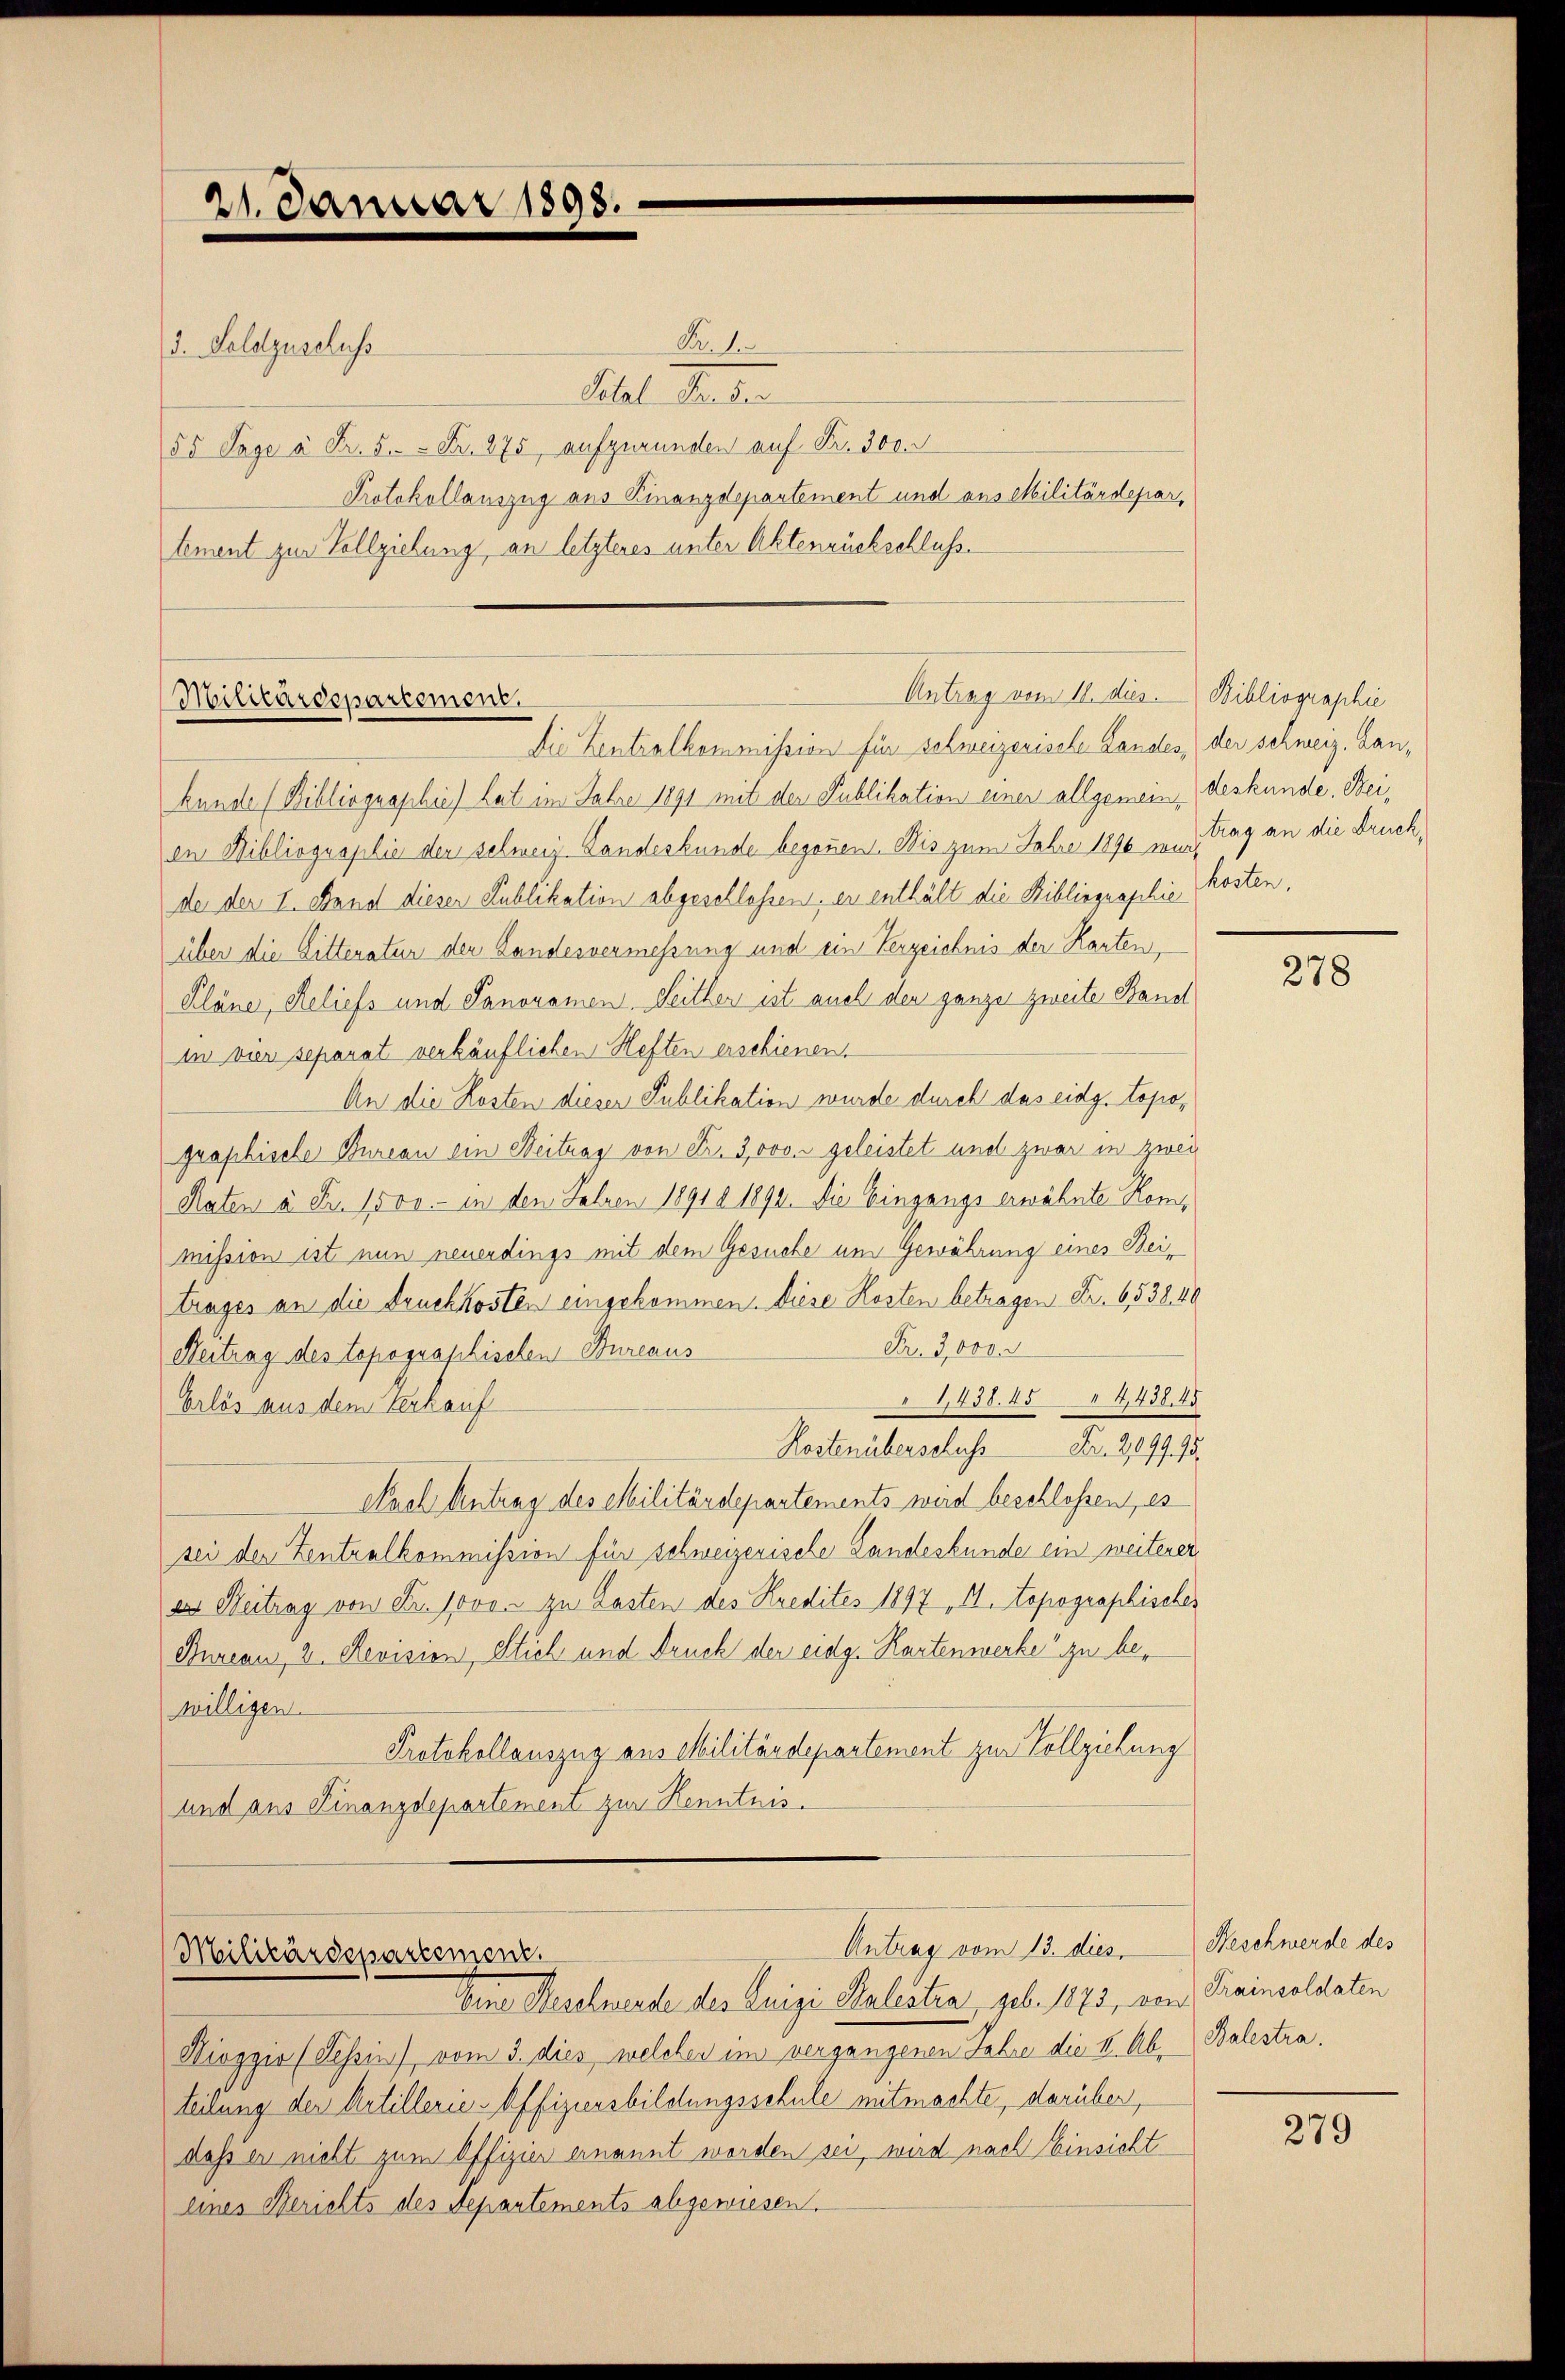
21. Januar 1898.

Nr. 1
3. Feldzuschuss
Libet Seiten
55 Tage à Fr. 5.- = Fr. 275, aufzurunden auf Fr. 300.
Protokollauszug aus Kinanzdepartement und aus Militärdepartement zur Vollziehung, an letzteres unter Aktenrückschluß.

Antrag vom 11. dies Bibliographie
Militärdepartement.

Die Zentralkommission für schweizerische Landes, (der schweiz. Lankunde (Bibliographie) hat im Jahre 1891 mit der Publikation einer allgemeindeskunde. Beien Bibliographie der schweiz. Landeskunde begonnen. Bis zum Fahre 1896 in 2 Tag an die Druck,
de der L. Stand dieser Publikation abgeschlossen, er enthält die Bibliographie
über die Sitteratur der Landesvermessung und ein Verzeichnis der Karten,
Pläne, Reliefs und Panoramen. Seither ist auch den ganzer zweite Band
in vier separat verkäuflichen Heften erschienen.
An die Kosten dieser Publikation wurde durch das eidg. topographische Bureau ein Beitrag von Fr. 3000. geleistet und zwar in zwei
Raten à Fr. 1500.- in den Fahren 18910 1892. Die Eingangs erwähnte Kommission ist nun neuerdings mit dem Gesuche um Gewährung eines Beitrages an die Druckkosten eingekommen. Diese Kosten betragen Fr. 653840
Fr. 3,000
Beitrag des topographischen Bureaus
1,438. 454,438,45
Erlös aus dem Verkauf
Kostenüberschluss Fr. 209995.
Nach Antrag des Militärdepartements wird beschlossen, es
sei der Zentralkommission für schweizerische Landeskunde ein weiterer
des Heitrag von Fr. Jovon zu Lasten des Kredites 1897 Al. topographisches
Bureau, 2. Revision, Stich und Druck der eidg. Kartenwerke“ zu bewilligen.
Protokollauszug aus Militärdepartement zur Vollziehung
und aus Finanzdepartement zur Kenntnis.

Antrag vom 13. dies
Militärdepartement
Eine Beschwerde des Luigi Balestra geb. 1873, von Trainsoldaten

Hioggio (Tessin), vom 3. dies welcher im vergangenen Jahre die k. Ab- Balestrateilung der Artillerie-Offiziersbildungsschule mitmachte, darüber,
daß er nicht zum Offizier ernannt worden sei, wird nach Einsicht
eines Berichts des Departements abgewiesen.

kosten.

278

Beschwerde des

279